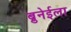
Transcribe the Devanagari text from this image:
ब्रुनेईला